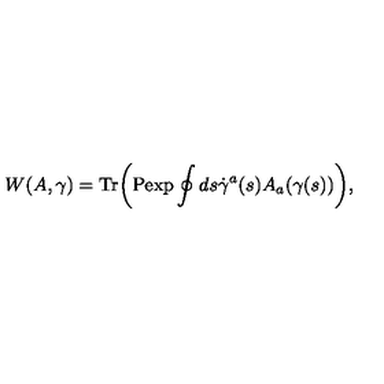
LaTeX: W ( A , \gamma ) = \mathrm { T r } \biggr ( \mathrm { P e x p } \oint d s \dot { \gamma } ^ { a } ( s ) A _ { a } ( \gamma ( s ) ) \biggr ) ,